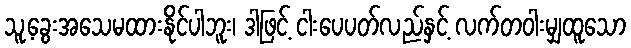
သူ့ခွေးအသေမထားနိုင်ပါဘူး၊ ဒါဖြင့် ငါးပေပတ်လည်နှင့် လက်တဝါးမျှထူသော